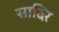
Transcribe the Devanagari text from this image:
सादिर